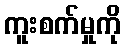
ကူးစက်မှုကို